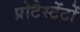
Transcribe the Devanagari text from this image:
प्रोटैस्टेंटों